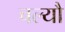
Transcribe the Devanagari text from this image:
चल्यौ